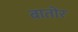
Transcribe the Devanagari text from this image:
बातोर